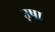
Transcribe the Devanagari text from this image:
उ़षा